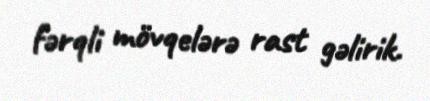
fərqli mövqelərə rast gəlirik.